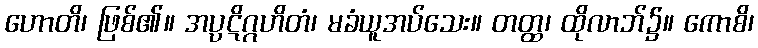
ဟောတိ၊ ဖြစ်၏။ အပ္ပဋိဂ္ဂဟိတံ၊ မခံယူအပ်သေး။ တတ္ထ၊ ထိုလာဘ်၌။ ကောစိ၊